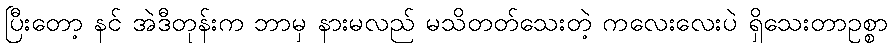
ပြီးတော့ နင် အဲဒီတုန်းက ဘာမှ နားမလည် မသိတတ်သေးတဲ့ ကလေးလေးပဲ ရှိသေးတာဥစ္စာ